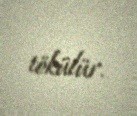
tökülür.